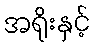
အရိုးနှင့်